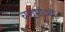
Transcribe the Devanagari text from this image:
चन्द्रमाओ